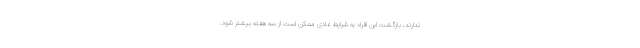
ندارند، بازگشت این افراد به شرایط عادی ممکن است از سه هفته بیشتر شود.